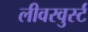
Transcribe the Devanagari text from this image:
लीवरवुर्स्ट